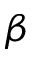
\beta